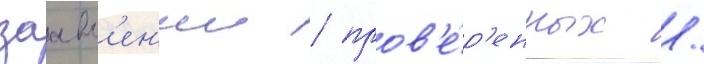
заавл'ен'ии / пров'е́р'енных /